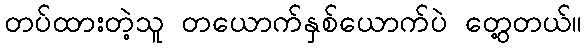
တပ်ထားတဲ့သူ တယောက်နှစ်ယောက်ပဲ တွေ့တယ်။